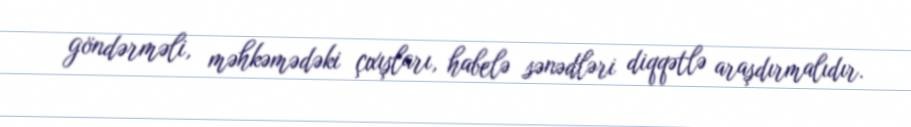
göndərməli, məhkəmədəki çıxışları, habelə sənədləri diqqətlə araşdırmalıdır.